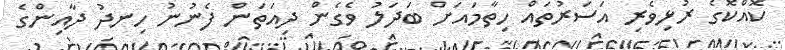
ކޮއްކޮގެ ރުޅިވެރި އަސަރުތައް ހިތާމައަށް ބަދަލު ވެގެން ދިއަތަން ފެނުނު ހިނދު ދާއިންގެ